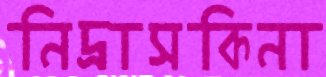
নিদ্রাসকিনা